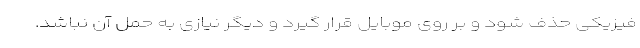
فیزیکی حذف شود و بر روی موبایل قرار گیرد و دیگر نیازی به حمل آن نباشد.